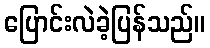
ပြောင်းလဲခဲ့ပြန်သည်။